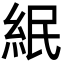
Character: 䋋